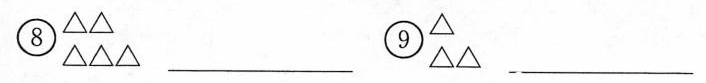
⑧\bigtriangleup \bigtriangleup \bigtriangleup \bigtriangleup \bigtriangleup___ ⑨\bigtriangleup \bigtriangleup \bigtriangleup___